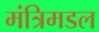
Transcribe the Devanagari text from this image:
मंत्रिमडल